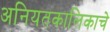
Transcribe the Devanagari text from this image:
अनियतकालिकाचे